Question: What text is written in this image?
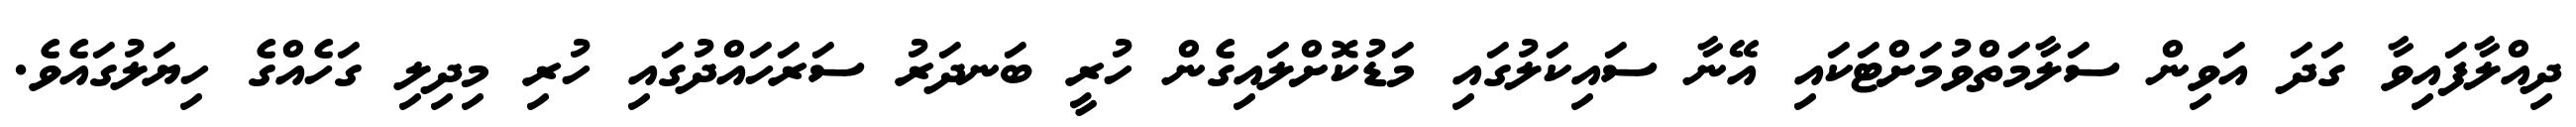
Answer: ދިއްލާފައިވާ ގަދަ އަވިން ސަލާމަތްވުމަށްޓަކައި އޭނާ ސައިކަލުގައި މަޑުކޮށްލައިގެން ހުރީ ބަނދަރު ސަރަހައްދުގައި ހުރި މިދިލި ގަހެއްގެ ހިޔަލުގައެވެ.